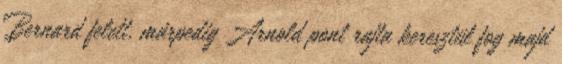
Bernard felett, márpedig Arnold pont rajta keresztül fog majd